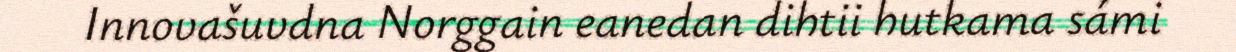
Innovašuvdna Norggain eanedan dihtii hutkama sámi